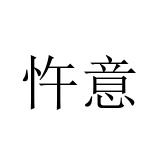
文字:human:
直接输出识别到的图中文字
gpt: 忤意